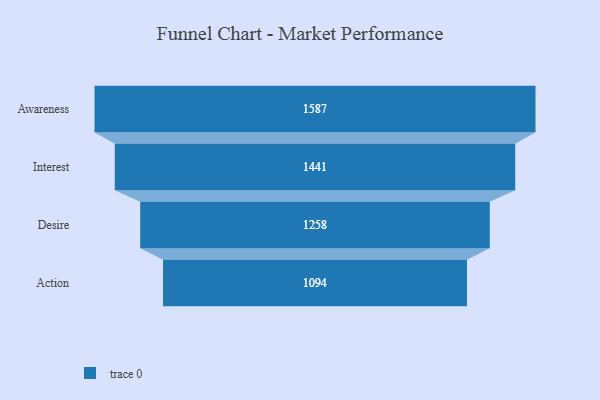
{"axis": {"x": "Stage", "y": "Value"}, "legend": [""], "data": [{"x": "Awareness", "y": 1587.0, "type": ""}, {"x": "Interest", "y": 1441.0, "type": ""}, {"x": "Desire", "y": 1258.0, "type": ""}, {"x": "Action", "y": 1094.0, "type": ""}]}